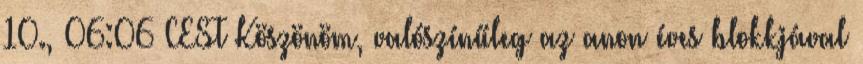
10., 06:06 CEST Köszönöm, valószínűleg az anon éves blokkjával